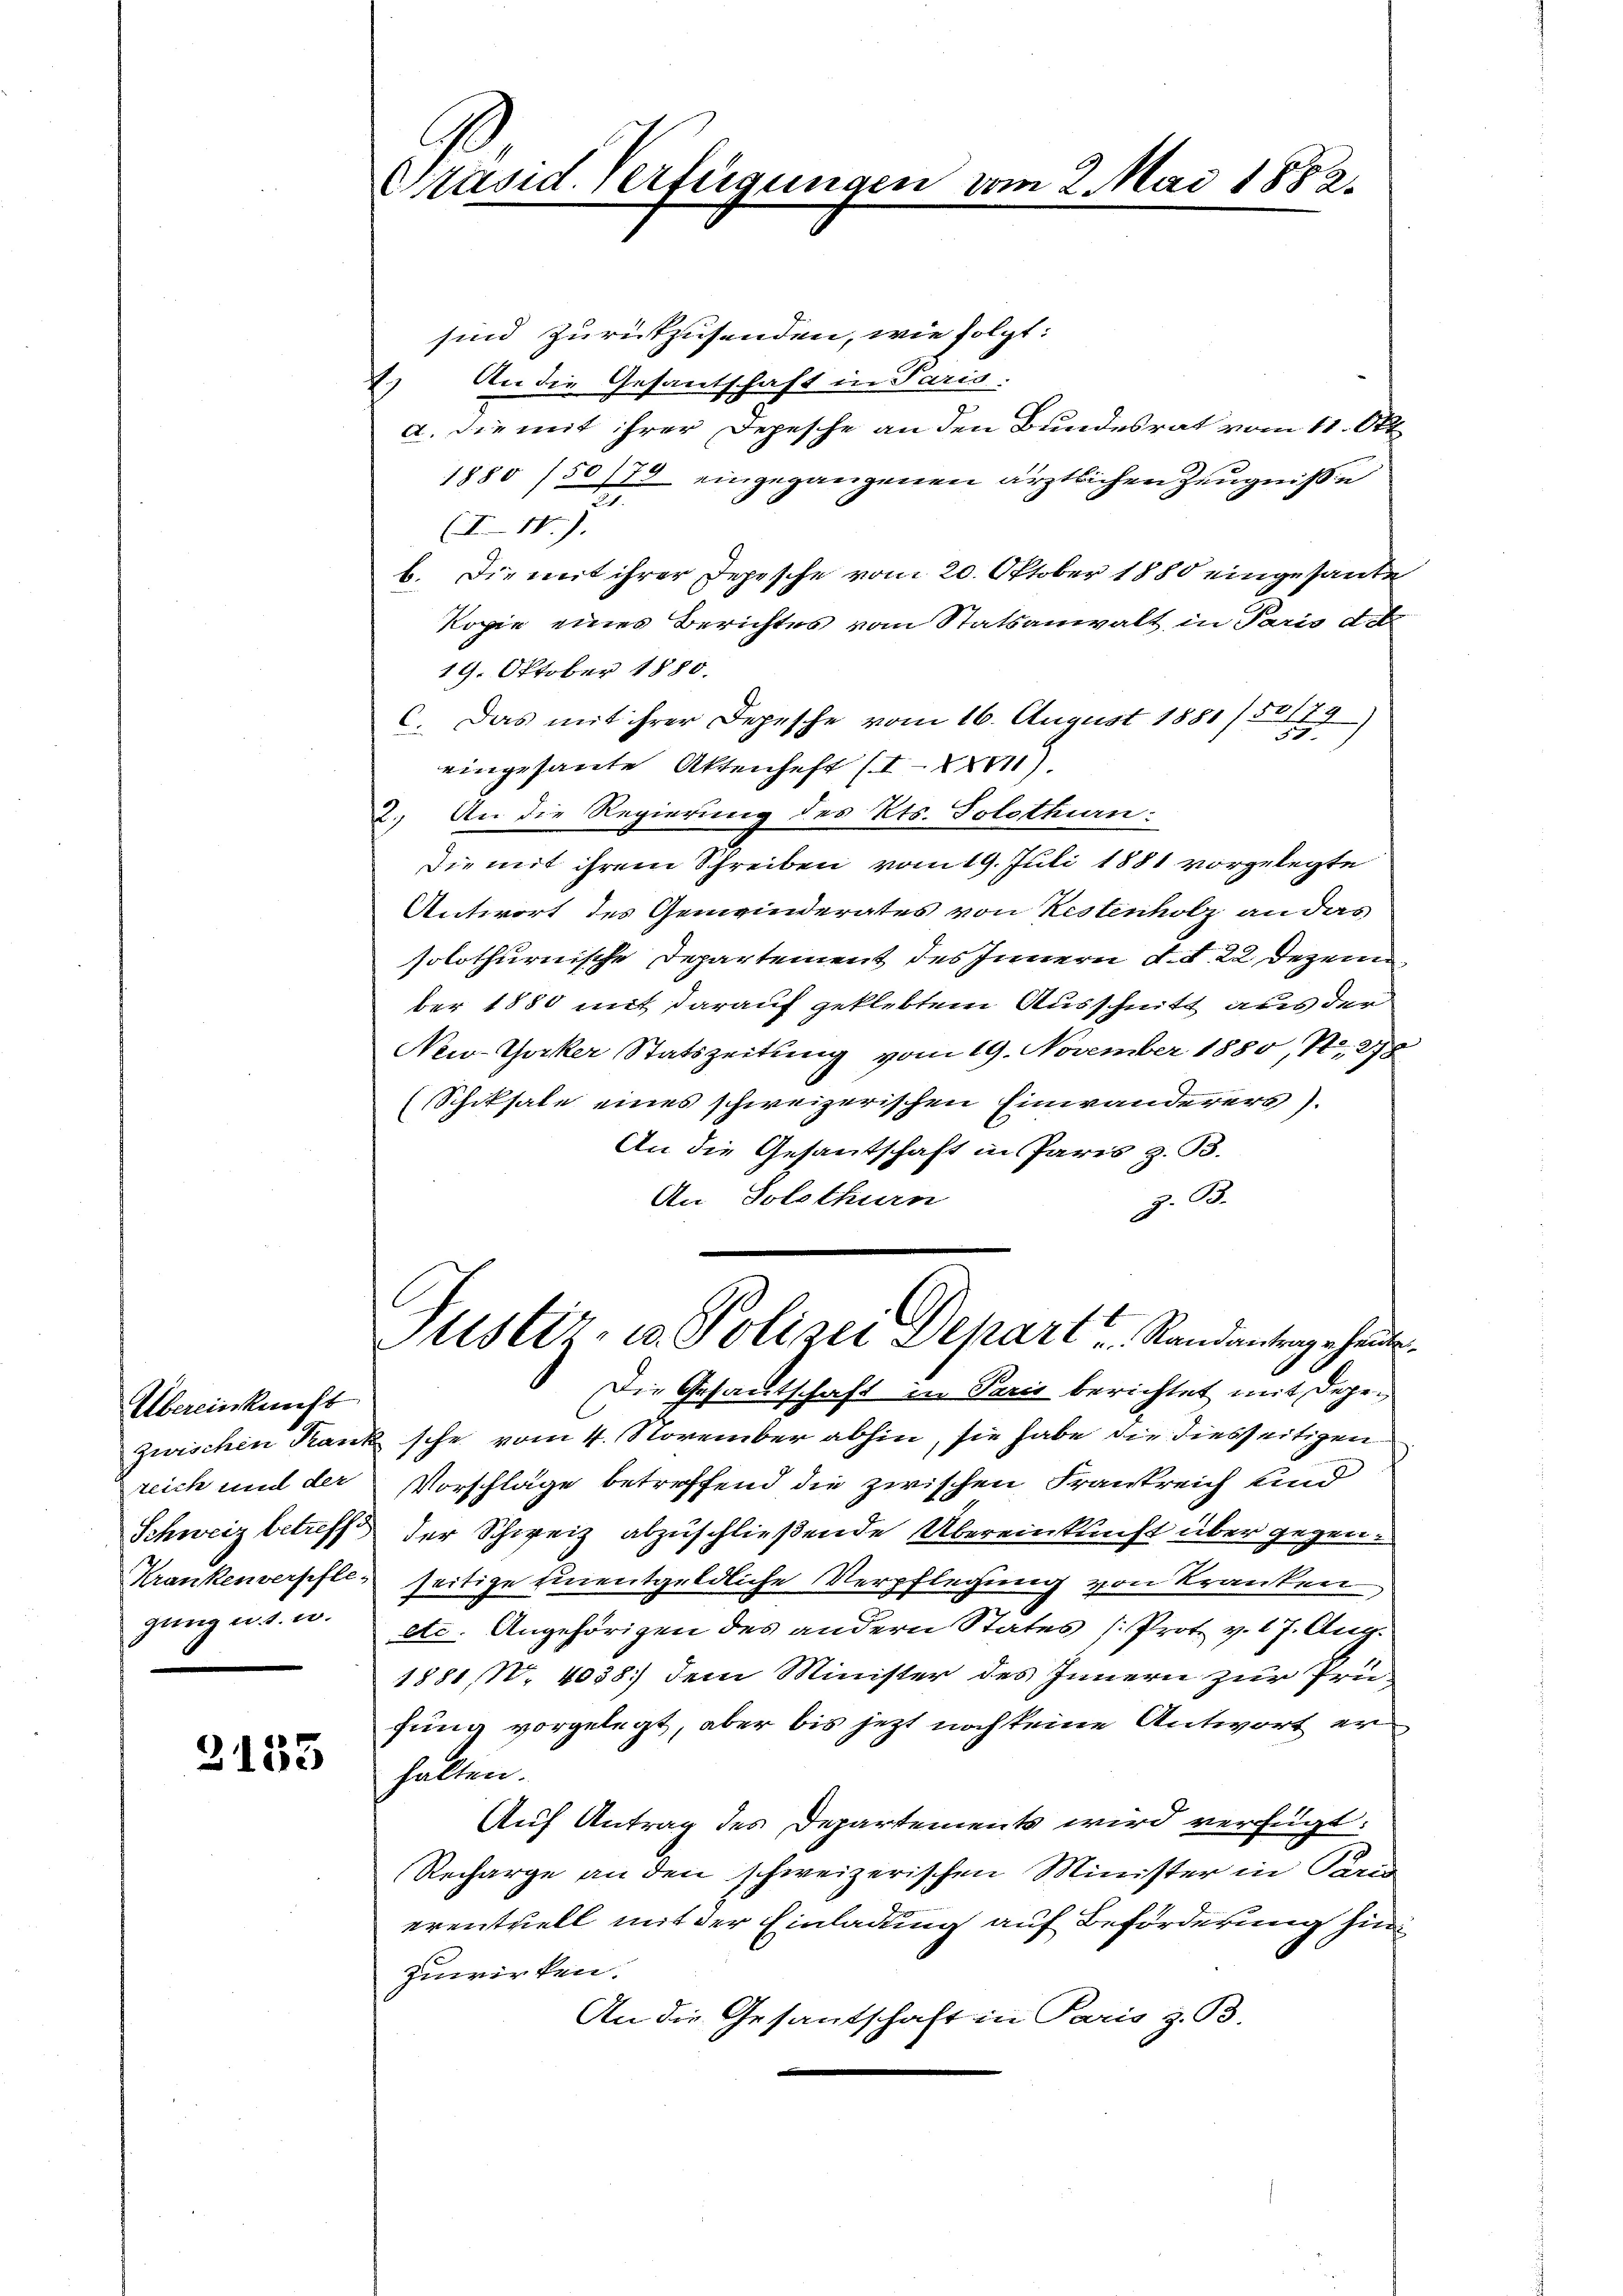
Übereinkunft
reich und der
ganz u. s. u.

2153

Präsid. Verfügun

sind zurückzusenden, wie folgt:
2) An die Gesantschaft in Paris.
a. Die mit ihrer Depesche an den Bundesrat vom 11. Okt.
1880 /50/73 eingegangenen ärztlichen Zeugniße
(I-11).
b. Die mit ihrer Depesche vom 20. Oktober 1880 eingesande
Kopie eines Berichtes vom Statsanwalt in Paris de
19. Oktober 1880.
C. Das mit ihrer Depesche vom 16. August 1881/50179
5
eingesante Aktenhaft (II).
2. An die Regierung des Kts. Solothin:
Die mit ihrem Schreiben vom 19. Juli 1881 vorgelegte
Antwort des Gemeinderates von Restenholz an das
solothurnische Departement des Innern d. d. 22. Dezem
ber 1880 mit darauf geklebtem Ausschnitt aus der
New-Yorker Statszeitung vom 19. November 1880, N. 278
(Schiksale eines schweizerischen Einwanderers)
An die Gesantschaft in Paris z. B.
An Solothurn
z. B.
Justiz- u. Polizei Depart Randantergehende
Die Gesandtschaft in Paris berichtet mit depe¬
Zwischen Krank sche vom 4. November abhin, sie habe die diesseitigen
Vorschläge betreffend die zwischen Frankreich und
Schweiz betreff der Schweiz abzuschließende Übereinkunft über gegen
Krankenversiftes seitige Einentgeldliche Verpflegung von Kranken
etc. Angehörigen des andern Status (Prote v. 17. Aug.
1881, N. 4038 dem Minister des Innern zur Prüfung vorgelegt, aber bis jetzt noch keine Antwort erhalten.
Auf Antrag des Departements wird verfügt:
Recharge an den schweizerischen Minister in Pard
eventuell mit der Einladung auf Beförderung hin
zuwirken.
An die Gesantschaft in Paris z. B.

2 Mai 1882.